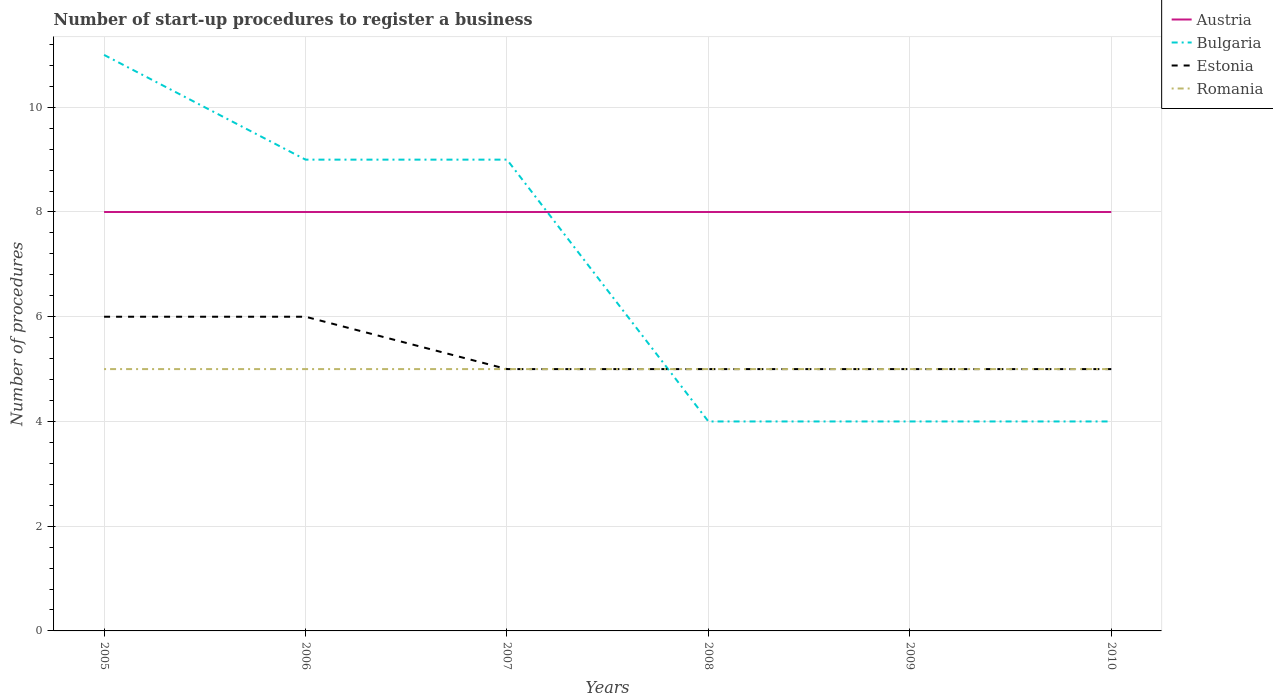
| Years | Austria | Bulgaria | Estonia | Romania |
 | --- | --- | --- | --- | --- |
 | 2005 | 8 | 11 | 6 | 5 |
 | 2006 | 8 | 9 | 6 | 5 |
 | 2007 | 8 | 9 | 5 | 5 |
 | 2008 | 8 | 4 | 5 | 5 |
 | 2009 | 8 | 4 | 5 | 5 |
 | 2010 | 8 | 4 | 5 | 5 |